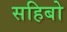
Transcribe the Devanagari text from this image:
सहिबो